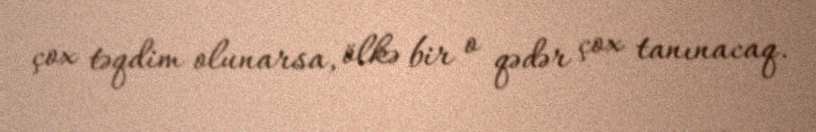
çox təqdim olunarsa, ölkə bir o qədər çox tanınacaq.